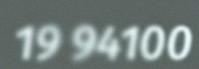
19 94100